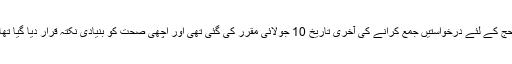
حج کے لئے درخواستیں جمع کرانے کی آخری تاریخ 10 جولائی مقرر کی گئی تھی اور اچھی صحت کو بنیادی نکتہ قرار دیا گیا تھا۔